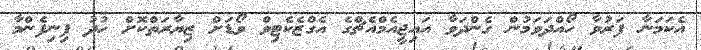
އެކަމަނާ ފަރުވާ ހޯއްދަވަމުން ގެންދަވާ އައިޖީއެމްއެޗްގެ އެގްޒެކެޓިވް ވޯޑަށް ޒިޔާރަތްކޮށް ހުދު ފިނިފެންމާ